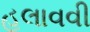
હલાવવી